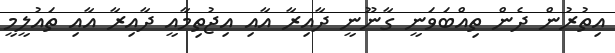
އިތުރުން ދެން ތިއްބަވަނީ ގާނޫނީ ދާއިރާ އާއި އިޖުތިމާއީ ދާއިރާ އާއި ތައުލީމީ